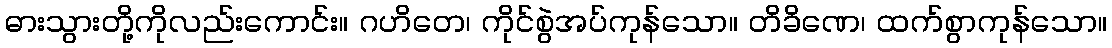
ဓားသွားတို့ကိုလည်းကောင်း။ ဂဟိတေ၊ ကိုင်စွဲအပ်ကုန်သော။ တိခိဏေ၊ ထက်စွာကုန်သော။